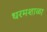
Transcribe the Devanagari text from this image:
धरमशाळा